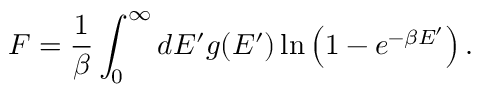
F = { \frac { 1 } { \beta } } \int _ { 0 } ^ { \infty } d E ^ { \prime } g ( E ^ { \prime } ) \, \mathrm { l n } \left( 1 - e ^ { - \beta E ^ { \prime } } \right) .